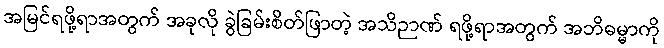
အမြင်ရဖို့ရာအတွက် အခုလို ခွဲခြမ်းစိတ်ဖြာတဲ့ အသိဉာဏ် ရဖို့ရာအတွက် အဘိဓမ္မာကို